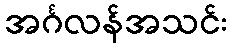
အင်္ဂလန်အသင်း